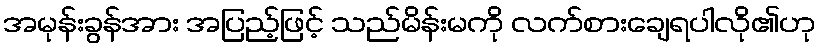
အမုန်းခွန်အား အပြည့်ဖြင့် သည်မိန်းမကို လက်စားချေရပါလို၏ဟု